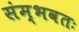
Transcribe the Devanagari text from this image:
संम्भवतः